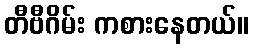
တီဗီဂိမ်း ကစားနေတယ်။